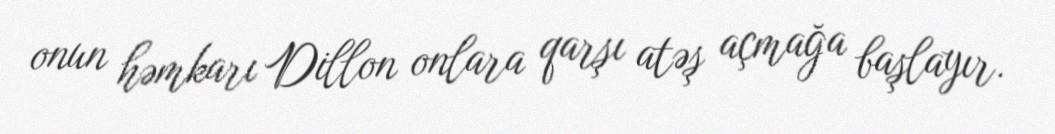
onun həmkarı Dillon onlara qarşı atəş açmağa başlayır.